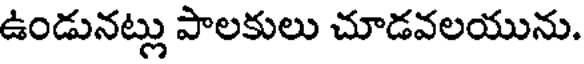
ఉండునట్లు పాలకులు చూడవలయును.